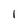
Character: l